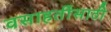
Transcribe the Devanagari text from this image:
वसाहतींसाठी